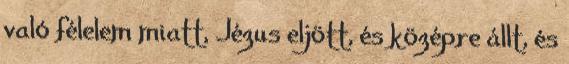
való félelem miatt, Jézus eljött, és középre állt, és